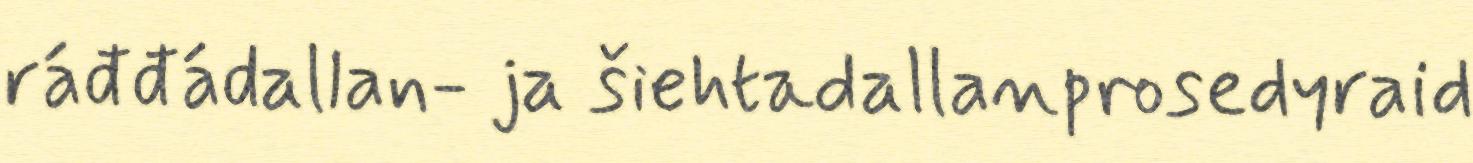
ráđđádallan- ja šiehtadallanprosedyraid